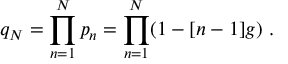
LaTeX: q _ { N } = \prod _ { n = 1 } ^ { N } p _ { n } = \prod _ { n = 1 } ^ { N } ( 1 - [ n - 1 ] g ) \ .